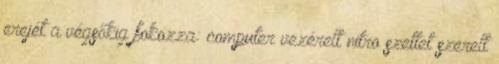
erejét a végsőkig fokozza: computer vezérelt nitro szettet szerelt